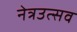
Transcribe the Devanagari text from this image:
नेत्रउत्सव